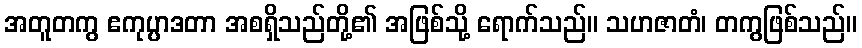
အတူတကွ ဧကုပ္ပာဒတာ အစရှိသည်တို့၏ အဖြစ်သို့ ရောက်သည်။ သဟဇာတံ၊ တကွဖြစ်သည်။